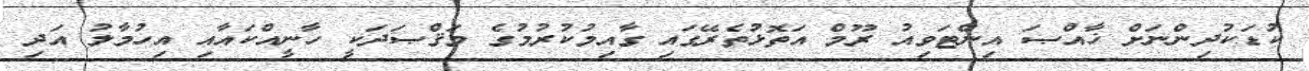
ކުޑަކުދިންނަށް ޚާއްޞަ އިންޓަވިއު ރޫމް އަތޮޅުތެރޭގައި ގާއިމުކުރުމުގެ މަޤްޞަދަކީ ހާނީއްކައާއި އިހުމާލު އަދި